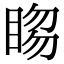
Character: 𥇯